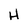
Character: H